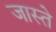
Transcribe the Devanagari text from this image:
जास्ते